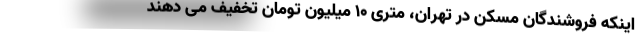
اینکه فروشندگان مسکن در تهران، متری ۱۰ میلیون تومان تخفیف می دهند